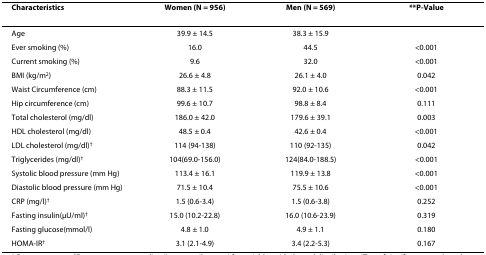
<table><thead><tr><td><b>Characteristics</b></td><td><b>Women (N = 956)</b></td><td><b>Men (N = 569)</b></td><td><b>**P-Value</b></td></tr></thead><tbody><tr><td>Age</td><td>39.9 ± 14.5</td><td>38.3 ± 15.9</td><td>[EMPTY_CELL]</td></tr><tr><td>Ever smoking (%)</td><td>16.0</td><td>44.5</td><td>&lt;0.001</td></tr><tr><td>Current smoking (%)</td><td>9.6</td><td>32.0</td><td>&lt;0.001</td></tr><tr><td>BMI (kg/m<sup>2</sup>)</td><td>26.6 ± 4.8</td><td>26.1 ± 4.0</td><td>0.042</td></tr><tr><td>Waist Circumference (cm)</td><td>88.3 ± 11.5</td><td>92.0 ± 10.6</td><td>&lt;0.001</td></tr><tr><td>Hip circumference (cm)</td><td>99.6 ± 10.7</td><td>98.8 ± 8.4</td><td>0.111</td></tr><tr><td>Total cholesterol (mg/dl)</td><td>186.0 ± 42.0</td><td>179.6 ± 39.1</td><td>0.003</td></tr><tr><td>HDL cholesterol (mg/dl)</td><td>48.5 ± 0.4</td><td>42.6 ± 0.4</td><td>&lt;0.001</td></tr><tr><td>LDL cholesterol (mg/dl)<sup>†</sup></td><td>114 (94-138)</td><td>110 (92-135)</td><td>0.042</td></tr><tr><td>Triglycerides (mg/dl)<sup>†</sup></td><td>104(69.0-156.0)</td><td>124(84.0-188.5)</td><td>&lt;0.001</td></tr><tr><td>Systolic blood pressure (mm Hg)</td><td>113.4 ± 16.1</td><td>119.9 ± 13.8</td><td>&lt;0.001</td></tr><tr><td>Diastolic blood pressure (mm Hg)</td><td>71.5 ± 10.4</td><td>75.5 ± 10.6</td><td>&lt;0.001</td></tr><tr><td>CRP (mg/l)<sup>†</sup></td><td>1.5 (0.6-3.4)</td><td>1.5 (0.6-3.8)</td><td>0.252</td></tr><tr><td>Fasting insulin(μU/ml)<sup>†</sup></td><td>15.0 (10.2-22.8)</td><td>16.0 (10.6-23.9)</td><td>0.319</td></tr><tr><td>Fasting glucose(mmol/l)</td><td>4.8 ± 1.0</td><td>4.9 ± 1.1</td><td>0.180</td></tr><tr><td>HOMA-IR<sup>†</sup></td><td>3.1 (2.1-4.9)</td><td>3.4 (2.2-5.3)</td><td>0.167</td></tr></tbody></table>